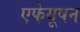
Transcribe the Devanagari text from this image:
एफेयूषन